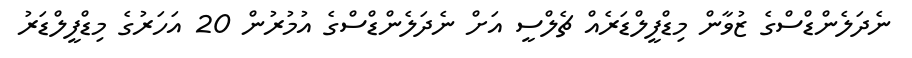
ނެދަލެންޑްސްގެ ޒުވާން މިޑްފީލްޑަރެއް ޗެލްސީ އަށް ނެދަލެންޑްސްގެ އުމުރުން 20 އަހަރުގެ މިޑްފީލްޑަރު